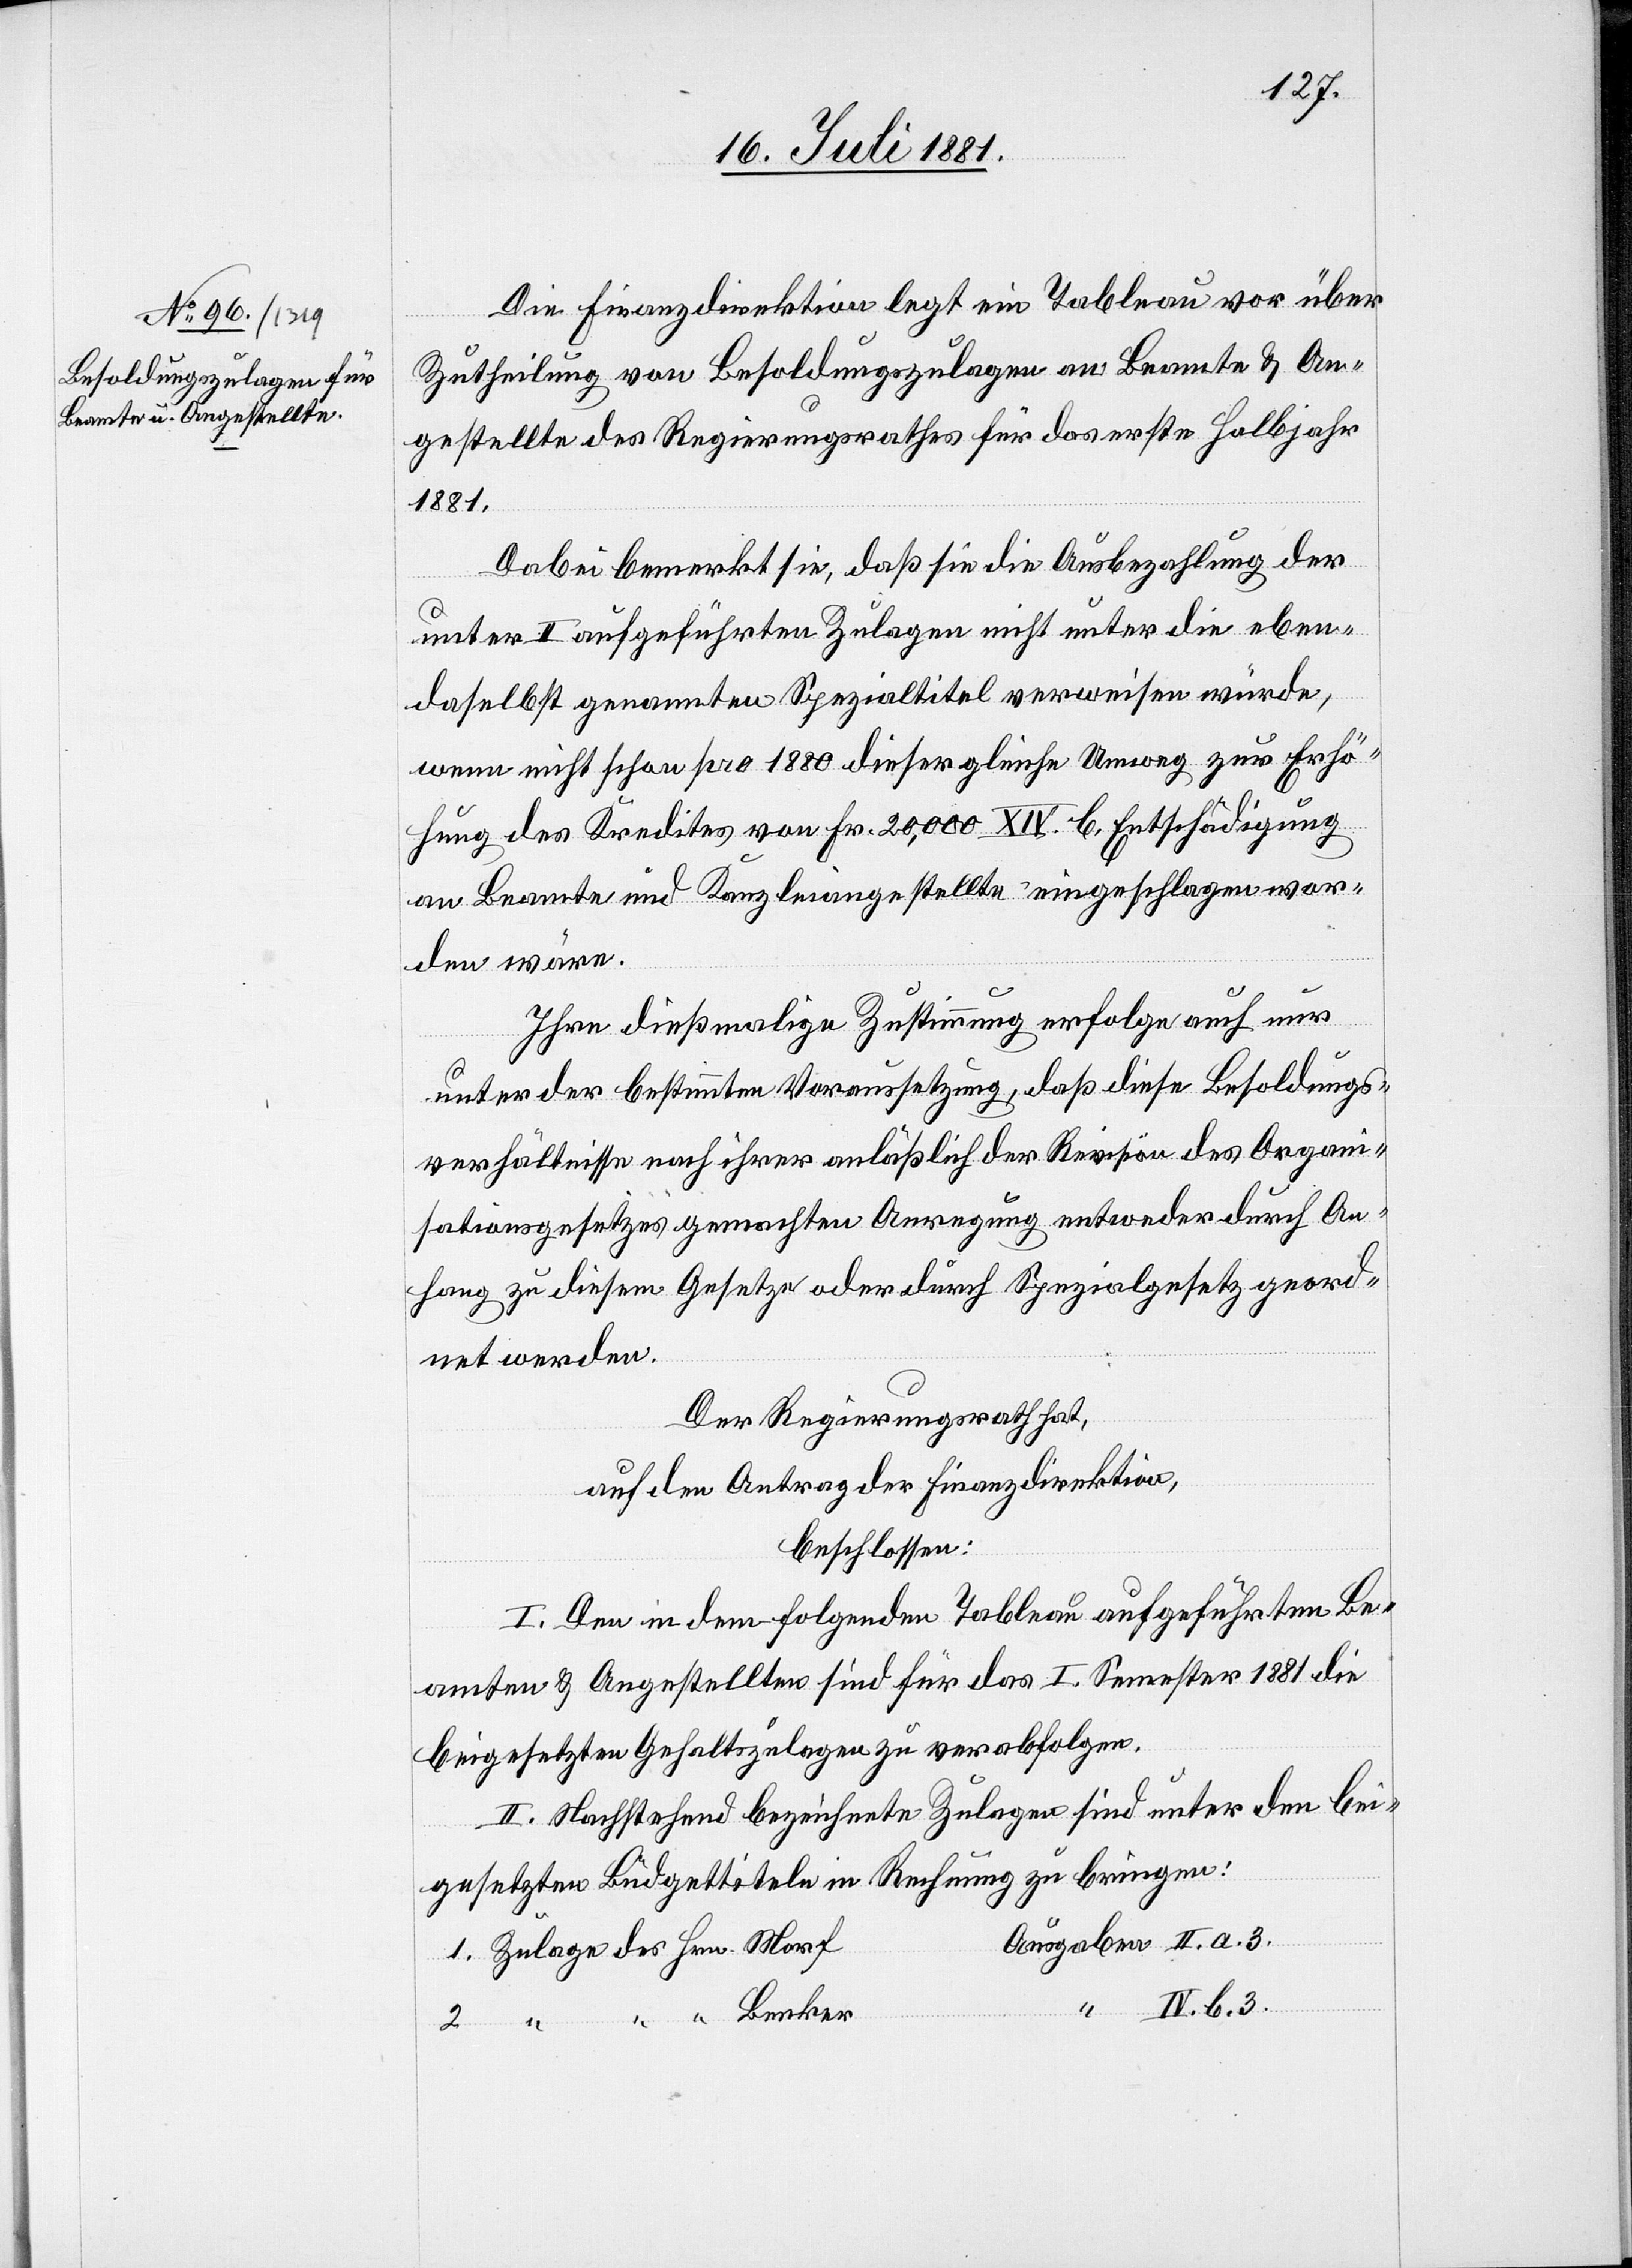
Die Finanzdirektion legt ein Tableau vor über
Zutheilung von Besoldungszulagen an Beamte & An¬
gestellte des Regierungsrathes für das erste Halbjahr
1881.
Dabei bemerkt sie, daß sie die Ausbezahlung der
des
1.
unter II aufgeführten Zulagen nicht unter die eben¬
daselbst genannten Spezialtitel verweisen würde,
wenn nicht schon pro 1880 dieser gleiche Umweg zur Erhö¬
hung des Kredites von Fr. 20,000 XIV b. Entschädigung
an Beamte und Kanzleiangestellte eingeschlagen wor¬
den wäre.
Ihre dießmalige Zustimmung erfolge auch nur
unter der bestimmten Voraussetzung, daß diese Besoldungs¬
verhältnisse nach ihrer anläßlich der Revision des Organi¬
sationsgesetzes gemachten Anregung entweder durch An¬
hang zu diesem Gesetze oder durch Spezialgesetz geord¬
net werden.
Der Regierungsrath hat,
auf den Antrag der Finanzdirektion,
beschlossen:
I. Den in dem folgenden Tableau aufgeführten Be¬
amten & Angestellten sind für das I. Semester 1881 die
beigesetzen Gehaltszulagen zu verabfolgen.
II. Nachstehend bezeichnete Zulagen sind unter den bei¬
3.
gesetzten Budgettiteln in Rechnung zu bringen: